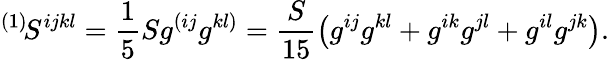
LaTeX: {}^{(1)}\! S^{ijkl}=\frac 15Sg^{(ij}g^{kl)}=\frac S{15}\left(g^{ij}g^{kl}+g^{ik}g^{jl}+g^{il}g^{jk}\right).